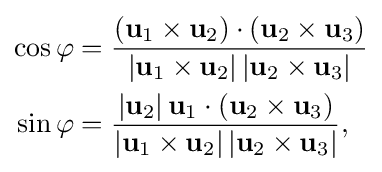
{\begin{aligned}\cos \varphi &={\frac {(\mathbf {u} _{1}\times \mathbf {u} _{2})\cdot (\mathbf {u} _{2}\times \mathbf {u} _{3})}{|\mathbf {u} _{1}\times \mathbf {u} _{2}|\,|\mathbf {u} _{2}\times \mathbf {u} _{3}|}}\\\sin \varphi &={\frac {|\mathbf {u} _{2}|\,\mathbf {u} _{1}\cdot (\mathbf {u} _{2}\times \mathbf {u} _{3})}{|\mathbf {u} _{1}\times \mathbf {u} _{2}|\,|\mathbf {u} _{2}\times \mathbf {u} _{3}|}},\end{aligned}}